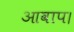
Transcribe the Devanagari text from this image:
आवाप।